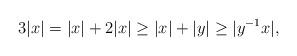
LaTeX: \begin{align*} 3|x|=|x|+2|x|\geq |x|+|y|\geq |y^{-1}x|,\end{align*}